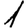
Digit: 1